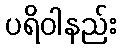
ပရိဝါနည်း